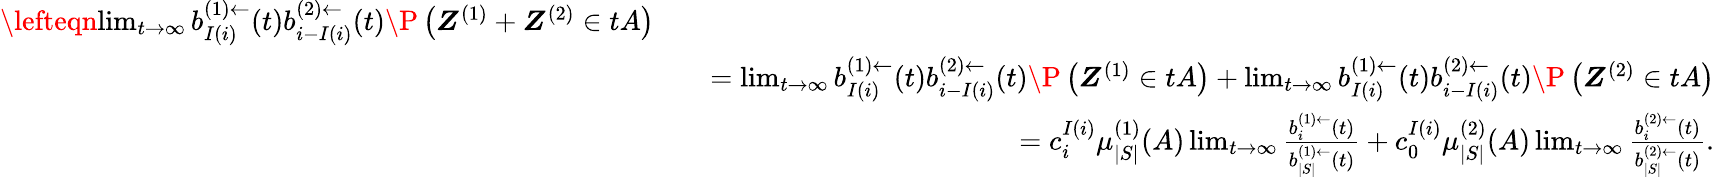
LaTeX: \begin{array}{rlr}{\lefteqn{\operatorname*{lim}_{t\to\infty}b_{I(i)}^{(1)\leftarrow}(t)b_{i-I(i)}^{(2)\leftarrow}(t)\P\left(\boldsymbol Z^{(1)}+\boldsymbol Z^{(2)}\in tA\right)}}\\ &{}&{=\operatorname*{lim}_{t\to\infty}b_{I(i)}^{(1)\leftarrow}(t)b_{i-I(i)}^{(2)\leftarrow}(t)\P\left(\boldsymbol Z^{(1)}\in tA\right)+\operatorname*{lim}_{t\to\infty}b_{I(i)}^{(1)\leftarrow}(t)b_{i-I(i)}^{(2)\leftarrow}(t)\P\left(\boldsymbol Z^{(2)}\in tA\right)}\\ &{}&{=c_{i}^{I(i)}\mu_{|S|}^{(1)}(A)\operatorname*{lim}_{t\to\infty}\frac{b_{i}^{(1)\leftarrow}(t)}{b_{|S|}^{(1)\leftarrow}(t)}+c_{0}^{I(i)}\mu_{|S|}^{(2)}(A)\operatorname*{lim}_{t\to\infty}\frac{b_{i}^{(2)\leftarrow}(t)}{b_{|S|}^{(2)\leftarrow}(t)}.}\end{array}